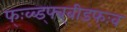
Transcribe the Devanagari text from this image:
फ्ःव्ब्ड्फ्व्बीड्फ्ःव